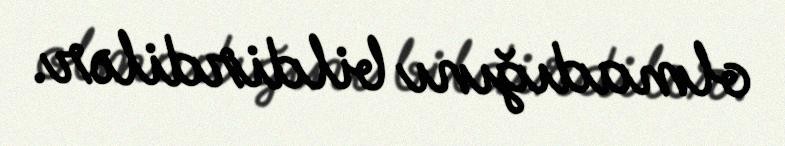
olmadığını bildirdilər.